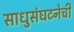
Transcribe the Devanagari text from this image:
साधुसंघटनेची